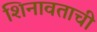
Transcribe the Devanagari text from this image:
शिनावताची